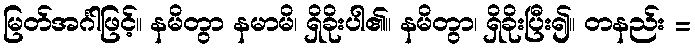
မြတ်အင်္ဂါဖြင့်။ နမိတွာ နမာမိ၊ ရှိခိုးပါ၏။ နမိတွာ၊ ရှိခိုးပြီး၍။ တနည်း =